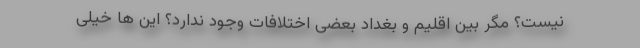
نیست؟ مگر بین اقلیم و بغداد بعضی اختلافات وجود ندارد؟ این ها خیلی